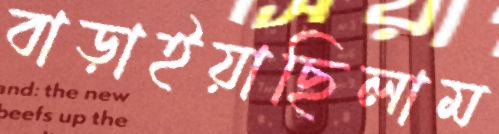
বাড়াইয়াছিলাম